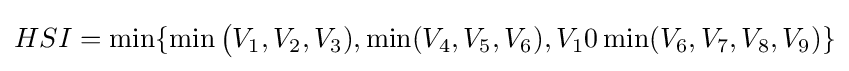
HSI=\min\{\min {\bigl (}V_{1},V_{2},V_{3}),\min(V_{4},V_{5},V_{6}),V_{1}0\min(V_{6},V_{7},V_{8},V_{9})\}